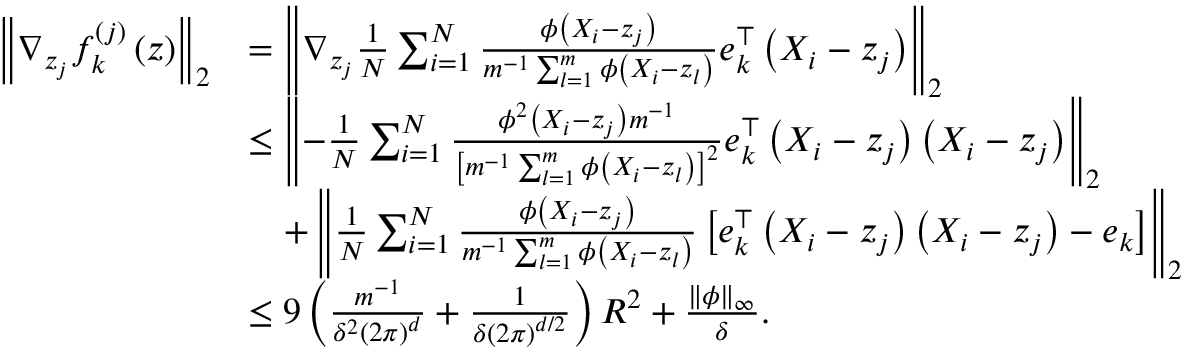
\begin{array} { r l } { \left\Vert \nabla _ { z _ { j } } f _ { k } ^ { ( j ) } \left( z \right) \right\Vert _ { 2 } } & { = \left\Vert \nabla _ { z _ { j } } \frac { 1 } { N } \sum _ { i = 1 } ^ { N } \frac { \phi \left( X _ { i } - z _ { j } \right) } { m ^ { - 1 } \sum _ { l = 1 } ^ { m } \phi \left( X _ { i } - z _ { l } \right) } e _ { k } ^ { \top } \left( X _ { i } - z _ { j } \right) \right\Vert _ { 2 } } \\ & { \leq \left\Vert - \frac { 1 } { N } \sum _ { i = 1 } ^ { N } \frac { \phi ^ { 2 } \left( X _ { i } - z _ { j } \right) m ^ { - 1 } } { \left[ m ^ { - 1 } \sum _ { l = 1 } ^ { m } \phi \left( X _ { i } - z _ { l } \right) \right] ^ { 2 } } e _ { k } ^ { \top } \left( X _ { i } - z _ { j } \right) \left( X _ { i } - z _ { j } \right) \right\Vert _ { 2 } } \\ & { \quad + \left\Vert \frac { 1 } { N } \sum _ { i = 1 } ^ { N } \frac { \phi \left( X _ { i } - z _ { j } \right) } { m ^ { - 1 } \sum _ { l = 1 } ^ { m } \phi \left( X _ { i } - z _ { l } \right) } \left[ e _ { k } ^ { \top } \left( X _ { i } - z _ { j } \right) \left( X _ { i } - z _ { j } \right) - e _ { k } \right] \right\Vert _ { 2 } } \\ & { \leq 9 \left( \frac { m ^ { - 1 } } { \delta ^ { 2 } \left( 2 \pi \right) ^ { d } } + \frac { 1 } { \delta \left( 2 \pi \right) ^ { d / 2 } } \right) R ^ { 2 } + \frac { \left\Vert \phi \right\Vert _ { \infty } } { \delta } . } \end{array}